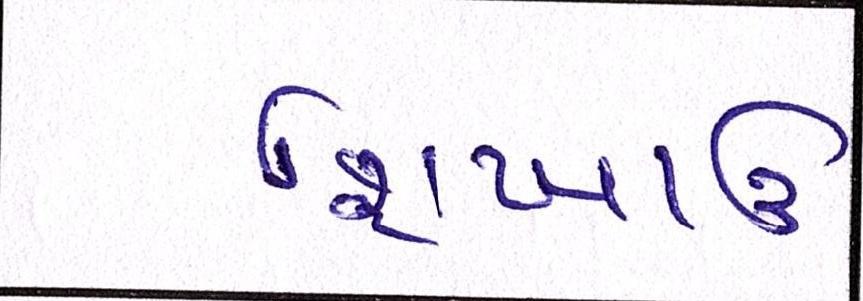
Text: શિખાઉ